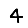
Digit: 4